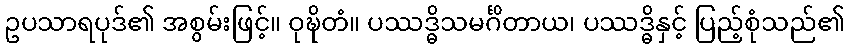
ဥပသာရပုဒ်၏ အစွမ်းဖြင့်။ ဝုဍ္ဎိတံ။ ပဿဒ္ဓိသမင်္ဂိတာယ၊ ပဿဒ္ဓိနှင့် ပြည့်စုံသည်၏